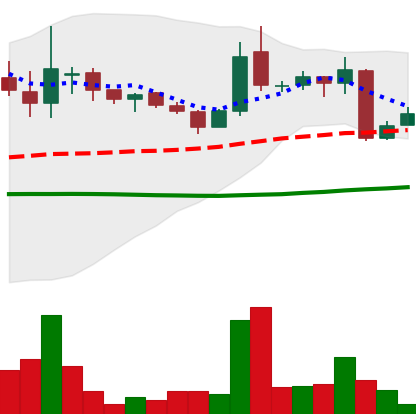
Ticker: LINK-USD
Chart end date: 2018-10-13
Forward return: 18.213%
Label: up_7plus